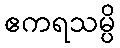
ဧကရသမ္ပိ